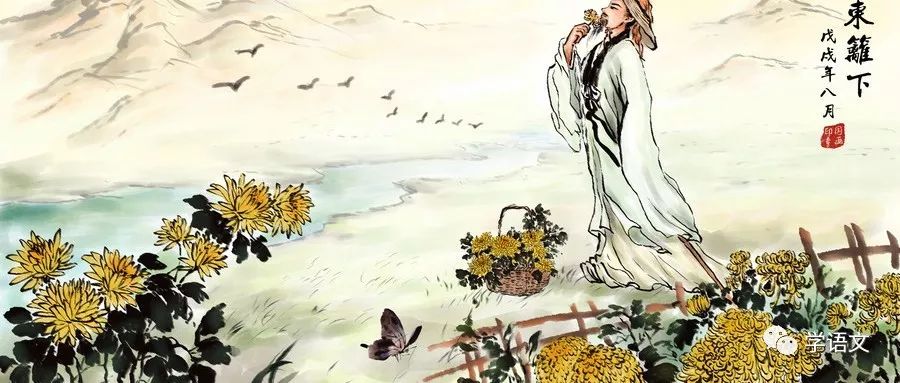
芳草已云暮，故人殊未来。